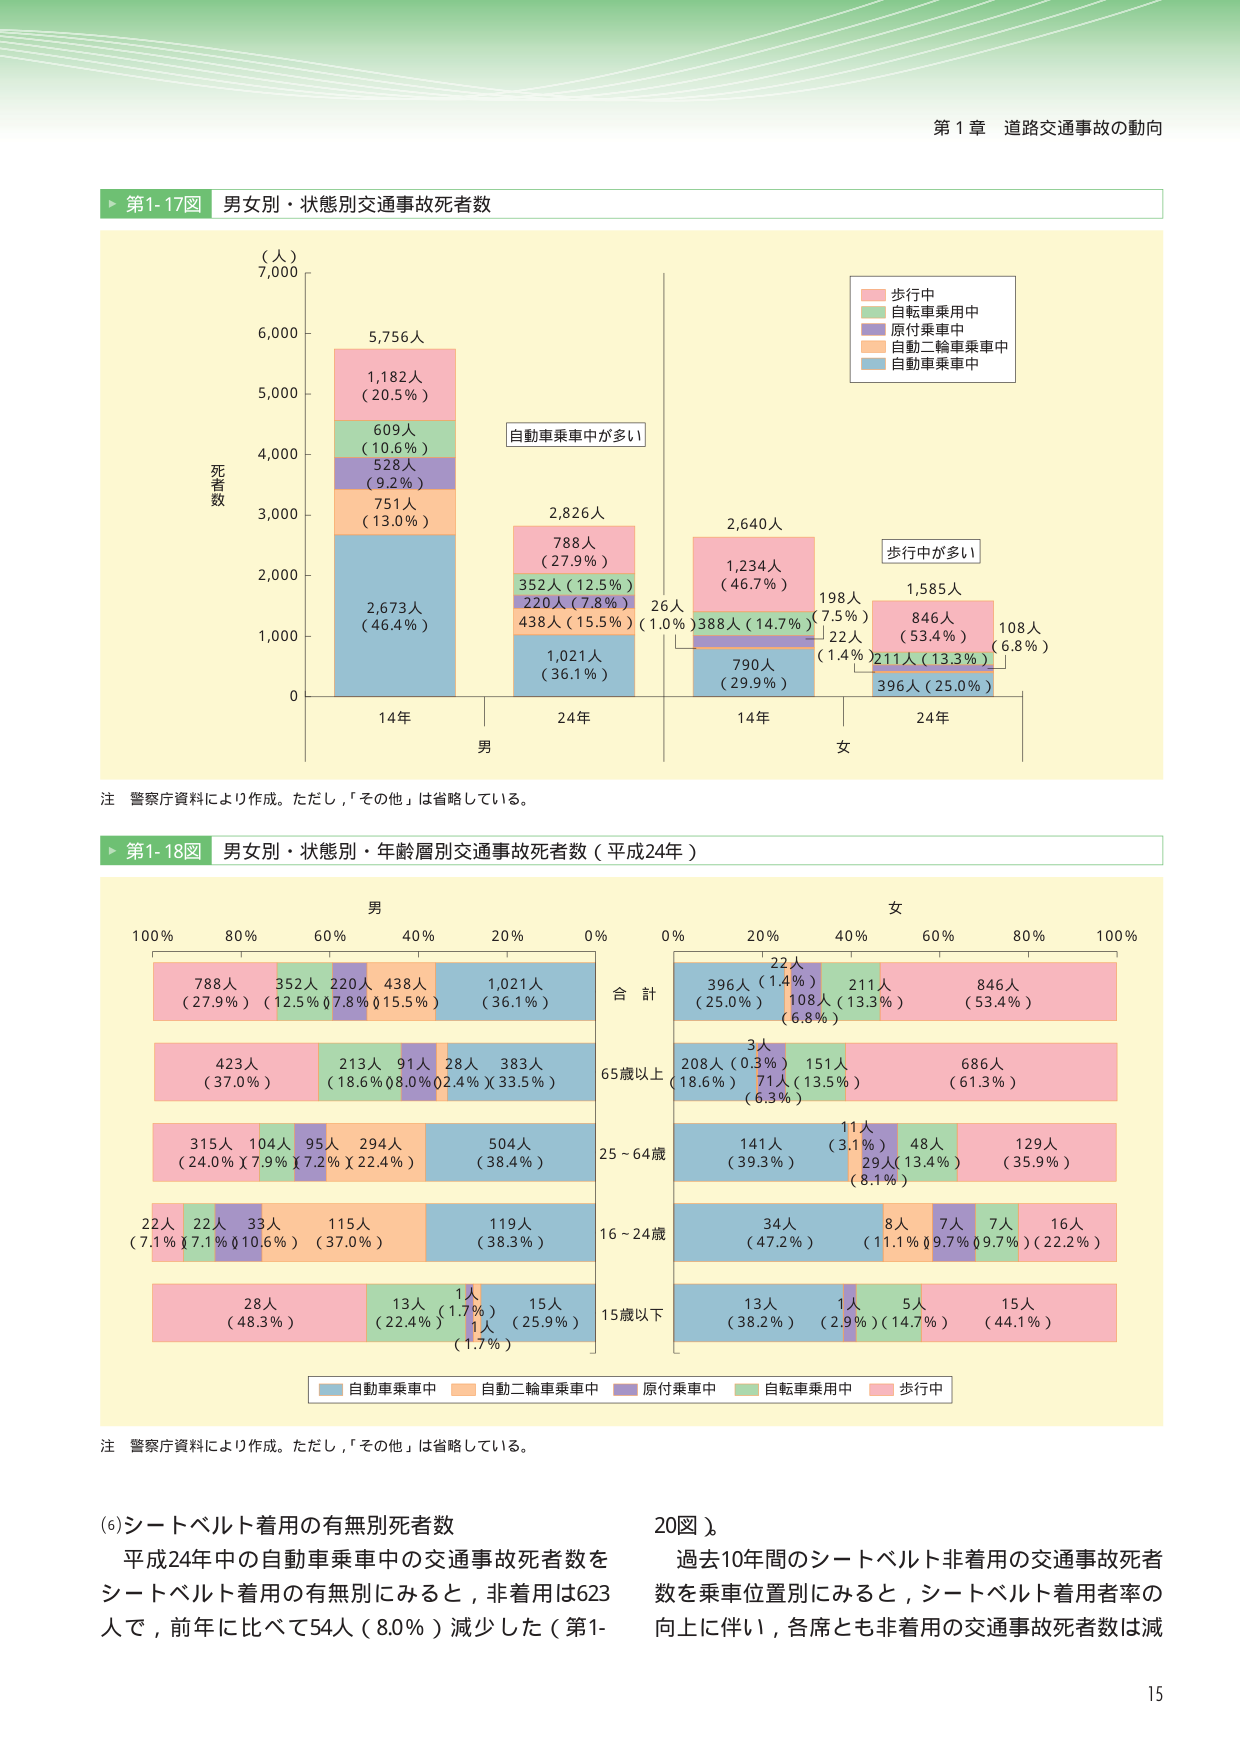
第1章 道路交通事故の動向

▶ 第1-17図 男女別・状態別交通事故死者数

（人）
7,000
6,000
5,000
4,000
3,000
2,000
1,000
0

死者数

14年
男
2,673人
（46.4％）
751人
（13.0％）
528人
（9.2％）
609人
（10.6％）
1,182人
（20.5％）
5,756人

自動車乗車中が多い

24年
2,826人
1,021人
（36.1％）
438人
（15.5％）
220人
（7.8％）
352人
（12.5％）
788人
（27.9％）

14年
女
26人
（1.0％）
388人
（14.7％）
790人
（29.9％）
2,640人
1,234人
（46.7％）

歩行中が多い

24年
198人
（7.5％）
22人
（1.4％）
211人
（13.3％）
396人
（25.0％）
1,585人
846人
（53.4％）
108人
（6.8％）

注 警察庁資料により作成。ただし，「その他」は省略している。

▶ 第1-18図 男女別・状態別・年齢層別交通事故死者数（平成24年）

男
100％ 80％ 60％ 40％ 20％ 0％

合計
788人
（27.9％）
352人
（12.5％）
220人
（7.8％）
438人
（15.5％）
1,021人
（36.1％）

65歳以上
423人
（37.0％）
213人
（18.6％）
91人
（8.0％）
28人
（2.4％）
383人
（33.5％）

25～64歳
315人
（24.0％）
104人
（7.9％）
95人
（7.2％）
294人
（22.4％）
504人
（38.4％）

16～24歳
22人
（7.1％）
22人
（7.1％）
33人
（10.6％）
115人
（37.0％）
119人
（38.3％）

15歳以下
28人
（48.3％）
13人
（22.4％）
1人
（1.7％）
15人
（25.9％）

女
0％ 20％ 40％ 60％ 80％ 100％

合計
22人
（1.4％）
396人
（25.0％）
108人
（6.8％）
211人
（13.3％）
846人
（53.4％）

65歳以上
3人
（0.3％）
208人
（18.6％）
71人
（6.3％）
151人
（13.5％）
686人
（61.3％）

25～64歳
11人
（3.1％）
141人
（39.3％）
29人
（8.1％）
48人
（13.4％）
129人
（35.9％）

16～24歳
34人
（47.2％）
8人
（11.1％）
7人
（9.7％）
7人
（9.7％）
16人
（22.2％）

15歳以下
13人
（38.2％）
1人
（2.9％）
5人
（14.7％）
15人
（44.1％）

■ 自動車乗車中 ■ 自動二輪車乗車中 ■ 原付乗車中 ■ 自転車乗用中 ■ 歩行中

注 警察庁資料により作成。ただし，「その他」は省略している。

(6) シートベルト着用の有無別死者数
平成24年中の自動車乗車中の交通事故死者数を
シートベルト着用の有無別にみると，非着用は623
人で，前年と比べて54人（8.0％）減少した（第1-
20図）。
過去10年間のシートベルト非着用の交通事故死者
数を乗車位置別にみると，シートベルト着用者率の
向上に伴い，各席とも非着用の交通事故死者数は減

15